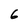
Character: 6